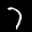
Label: 7